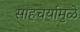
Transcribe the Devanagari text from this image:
साहचर्यामुळे